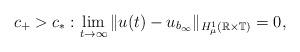
LaTeX: \begin{align*}c_+ > c_* : \lim_{t \to \infty} \| u(t) - u_{b_{\infty}} \|_{H^1_{\mu}(\mathbb{R} \times \mathbb{T})} = 0,\end{align*}